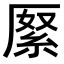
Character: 𠪓